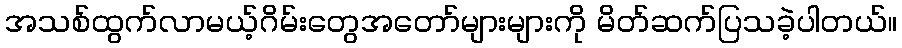
အသစ်ထွက်လာမယ့်ဂိမ်းတွေအတော်များများကို မိတ်ဆက်ပြသခဲ့ပါတယ်။